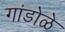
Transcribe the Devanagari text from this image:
गांडोळे